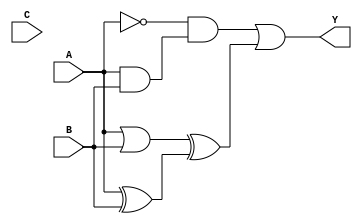
module Combinational_logic_blocks (input A, input B, input C, output Y);
    
    wire not_input;
    wire and_output, or_output, xor_output;
    
    assign not_input = ~A;
    
    assign and_output = A & B;
    assign or_output = A | B;
    assign xor_output = A ^ B;
    
    assign Y = not_input & and_output | or_output ^ xor_output;
    
endmodule